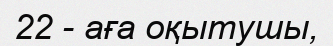
22 - аға оқытушы,